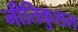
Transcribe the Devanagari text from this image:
नीतिकुशल